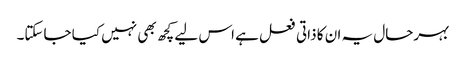
بہرحال یہ ان کا ذاتی فعل ہے اس لیے کچھ بھی نہیں کیا جاسکتا۔